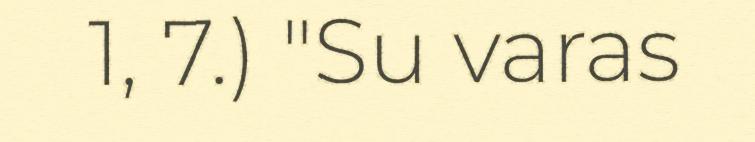
1, 7.) "Su varas